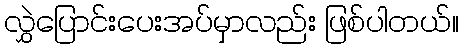
လွှဲပြောင်းပေးအပ်မှာလည်း ဖြစ်ပါတယ်။